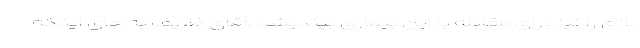
لازم را نیز برای مقابله با این بیماری بیندیشد ،آقای ظریف به جای اینکه